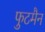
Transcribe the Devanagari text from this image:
फुटमैन